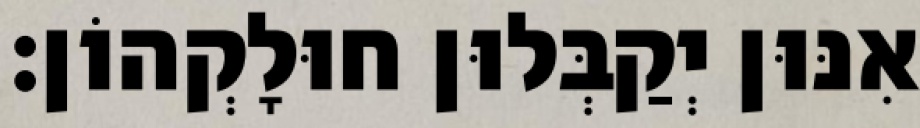
אִנּוּן יְקַבְּלוּן חוּלָקְהוֹן׃